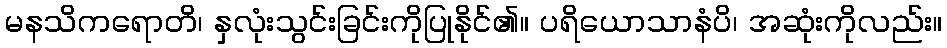
မနသိကရောတိ၊ နှလုံးသွင်းခြင်းကိုပြုနိုင်၏။ ပရိယောသာနံပိ၊ အဆုံးကိုလည်း။